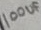
Text: 100UF